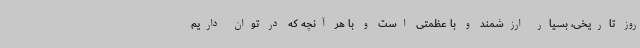
روز تاریخی، بسیار ارزشمند و با عظمتی است و با هر آنچه که در توان داریم